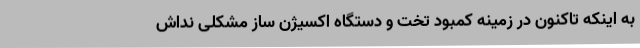
به اینکه تاکنون در زمینه کمبود تخت و دستگاه اکسیژن ساز مشکلی نداش